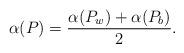
LaTeX: \begin{align*} \alpha(P) = \frac{\alpha(P_w) + \alpha(P_b)}2.\end{align*}